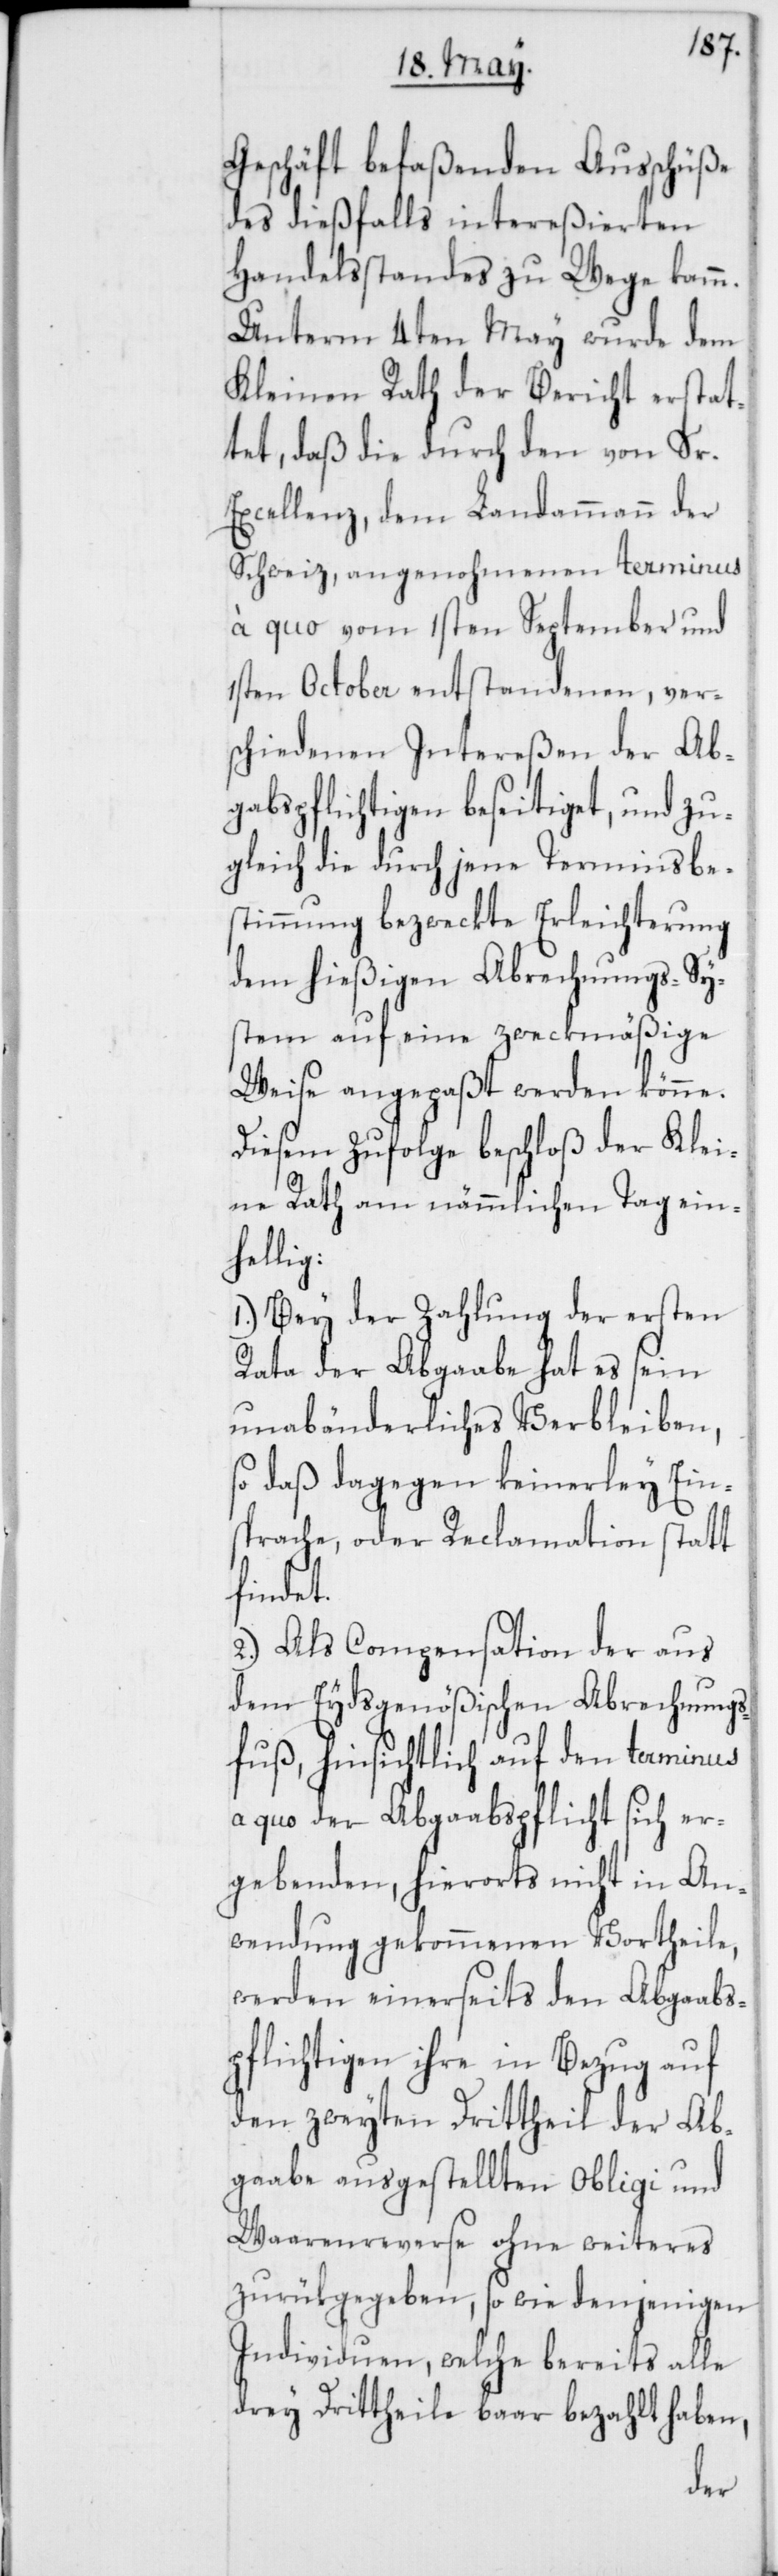
Geschäft befaßenden Ausschüße
des dießfalls intereßierten
Handelsstandes zu Wege kamm.
Unterm 4ten May wurde dem
Kleinen Rath der Bericht erstat¬
tet, daß die durch den von Sr.
Excellenz, dem Landammann der
Schweiz angenohmenen terminus
à quo vom 1sten September und
1sten October entstandenen, vers¬
chiedenen Intereßen der Ab¬
gabspflichtigen beseitiget, und zu¬
gleich die durch jene Terminsbe¬
stimmung bezweckte Erleichterung
dem hießigen Abrechnungs-Sys¬
tem auf eine zweckmäßige
Weise angepaßt werden könne.
Diesem zufolge beschloß der Klei¬
ne Rath am nämmlichen Tag ein¬
hellig:
1.) Bey der Zahlung der ersten
Rata der Abgaabe hat es sein
unabänderliches Verbleiben,
daß dagegen keinerley Ein¬
sprache, oder Reclamation statt
findet.
2.) Als Compensation der aus
dem Eydsgenößischen Abrechnungs¬
fuß, hinsichtlich auf den terminus
a quo der Abgaabspflicht sich er¬
gebenden, hierorts nicht in An¬
wendung gekommenen Vortheile,
werden einerseits den Abgaabs¬
pflichtgen ihre in Bezug auf
den zweyten Drittheil der Ab¬
gaabe ausgestellten Obligi und
Waarenreserve ohne weiteres
zurükgegeben, so wie denjenigen
Individuen, welche bereits alle
drey Drittheile baar bezahlt haben,